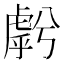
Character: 𱿓